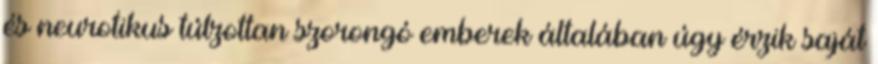
és neurotikus túlzottan szorongó emberek általában úgy érzik saját